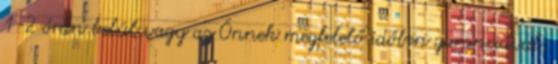
1-2 órán belül vagy az Önnek megfelelő időben garanciával,